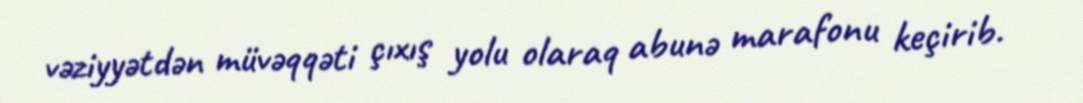
vəziyyətdən müvəqqəti çıxış yolu olaraq abunə marafonu keçirib.